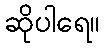
ဆိုပါရေ။